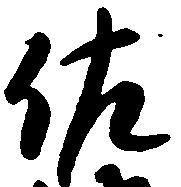
佐